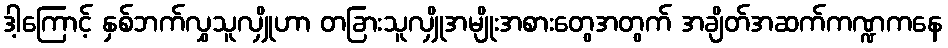
ဒါ့ကြောင့် နှစ်ဘက်လွှသူလျှိုဟာ တခြားသူလျှိုအမျိုးအစားတွေအတွက် အချိတ်အဆက်ကဏ္ဍကနေ